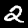
Label: 2